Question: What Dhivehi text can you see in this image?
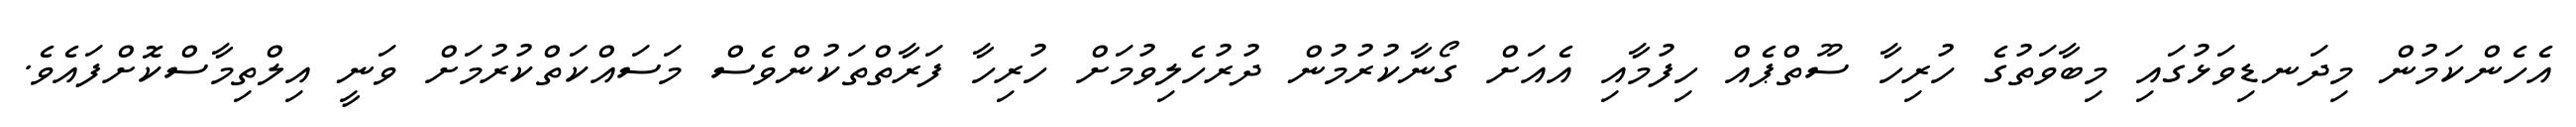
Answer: އެހެންކަމުން މިދަނޑިވަޅުގައި މިބާވަތުގެ ހުރިހާ ސޫތްޕެއް ހިފުމާއި އެއަށް ގޯނާކުރުމުން ދުރުހެލިވުމަށް ހުރިހާ ފަރާތްތަކުންވެސް މަސައްކަތްކުރުމަށް ވަނީ އިލްތިމާސްކޮށްފައެވެ.